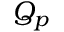
Q _ { p }